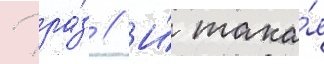
Рра́з // И́ така́я